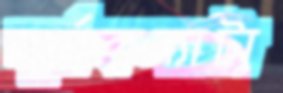
সূর্যকন্যাটা